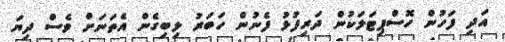
އަދި ފަހުން ހޮސްޕިޓަލަކުން ދަރިފުޅު ފެނުން ހަބަރު ލިބިގެން އެތަނަށް ވެސް ދިޔަ